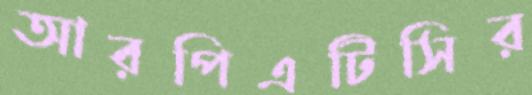
আরপিএটিসির